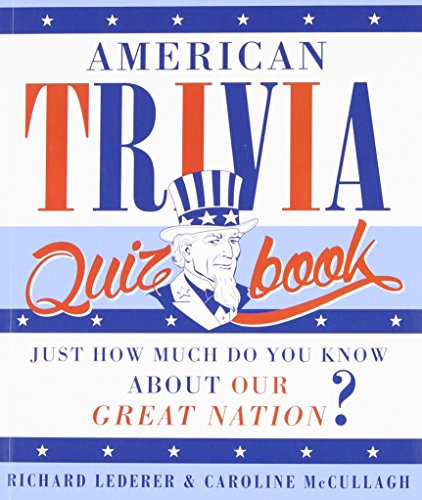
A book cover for American Trivia Quiz Book; Richard Lederer; Humor & Entertainment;